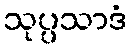
သုပ္ပသာဒံ